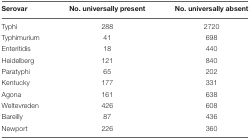
<table><thead><tr><td><b>Serovar</b></td><td><b>No. universally present</b></td><td><b>No. universally absent</b></td></tr></thead><tbody><tr><td>Typhi</td><td>288</td><td>2720</td></tr><tr><td>Typhimurium</td><td>41</td><td>698</td></tr><tr><td>Enteritidis</td><td>18</td><td>440</td></tr><tr><td>Heidelberg</td><td>121</td><td>840</td></tr><tr><td>Paratyphi</td><td>65</td><td>202</td></tr><tr><td>Kentucky</td><td>177</td><td>331</td></tr><tr><td>Agona</td><td>161</td><td>638</td></tr><tr><td>Weltevreden</td><td>426</td><td>608</td></tr><tr><td>Bareilly</td><td>87</td><td>436</td></tr><tr><td>Newport</td><td>226</td><td>360</td></tr></tbody></table>